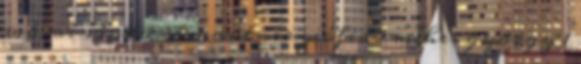
márai sándor 3 mautner zsófia 1 méhes györgy 1